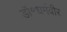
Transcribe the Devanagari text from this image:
डॉ॰धर्मवीर